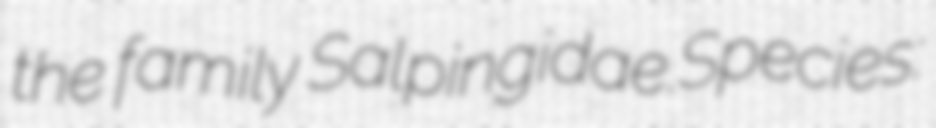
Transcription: the family Salpingidae.Species: